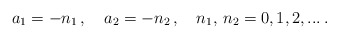
\begin{align*}a_{1}=-n_{1}\,,\quad a_{2}=-n_{2}\,, \quad n_{1},\,n_{2}=0,1,2,...\,.\end{align*}